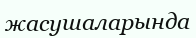
жасушаларында